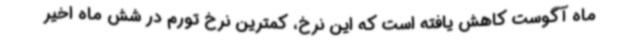
ماه آگوست کاهش یافته است که این نرخ، کمترین نرخ تورم در شش ماه اخیر